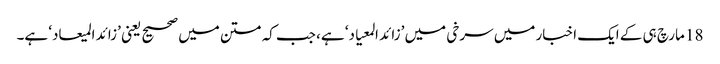
18 مارچ ہی کے ایک اخبار میں سرخی میں ’زائد المعیاد‘ ہے، جب کہ متن میں صحیح یعنی ’زائد المیعاد‘ ہے۔